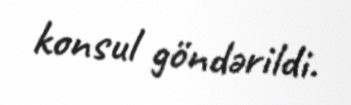
konsul göndərildi.